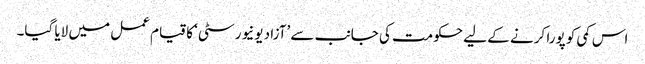
اس کمی کو پورا کرنے کے لیے حکومت کی جانب سے ’آزاد یونیورسٹی‘ کا قیام عمل میں لایا گیا۔